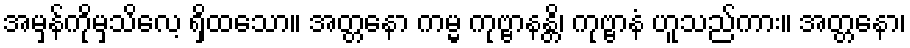
အမှန်ကိုမှသိလေ့ ရှိထသော။ အတ္တနော ကမ္မ ကုဗ္ဗာနန္တိ၊ ကုဗ္ဗာနံ ဟူသည်ကား။ အတ္တနော၊